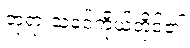
ဘုရားသခင်ကိုယ်တိုင်၏